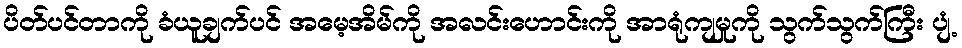
ပိတ်ပင်တာကို ခံယူချက်ပင် အမေ့အိမ်ကို အလင်းဟောင်းကို အာရုံကျမှုကို သွက်သွက်ကြီး ပျံ့